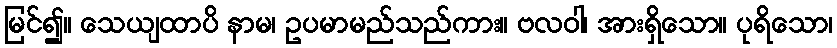
မြင်၍။ သေယျထာပိ နာမ၊ ဥပမာမည်သည်ကား။ ဗလဝါ၊ အားရှိသော။ ပုရိသော၊